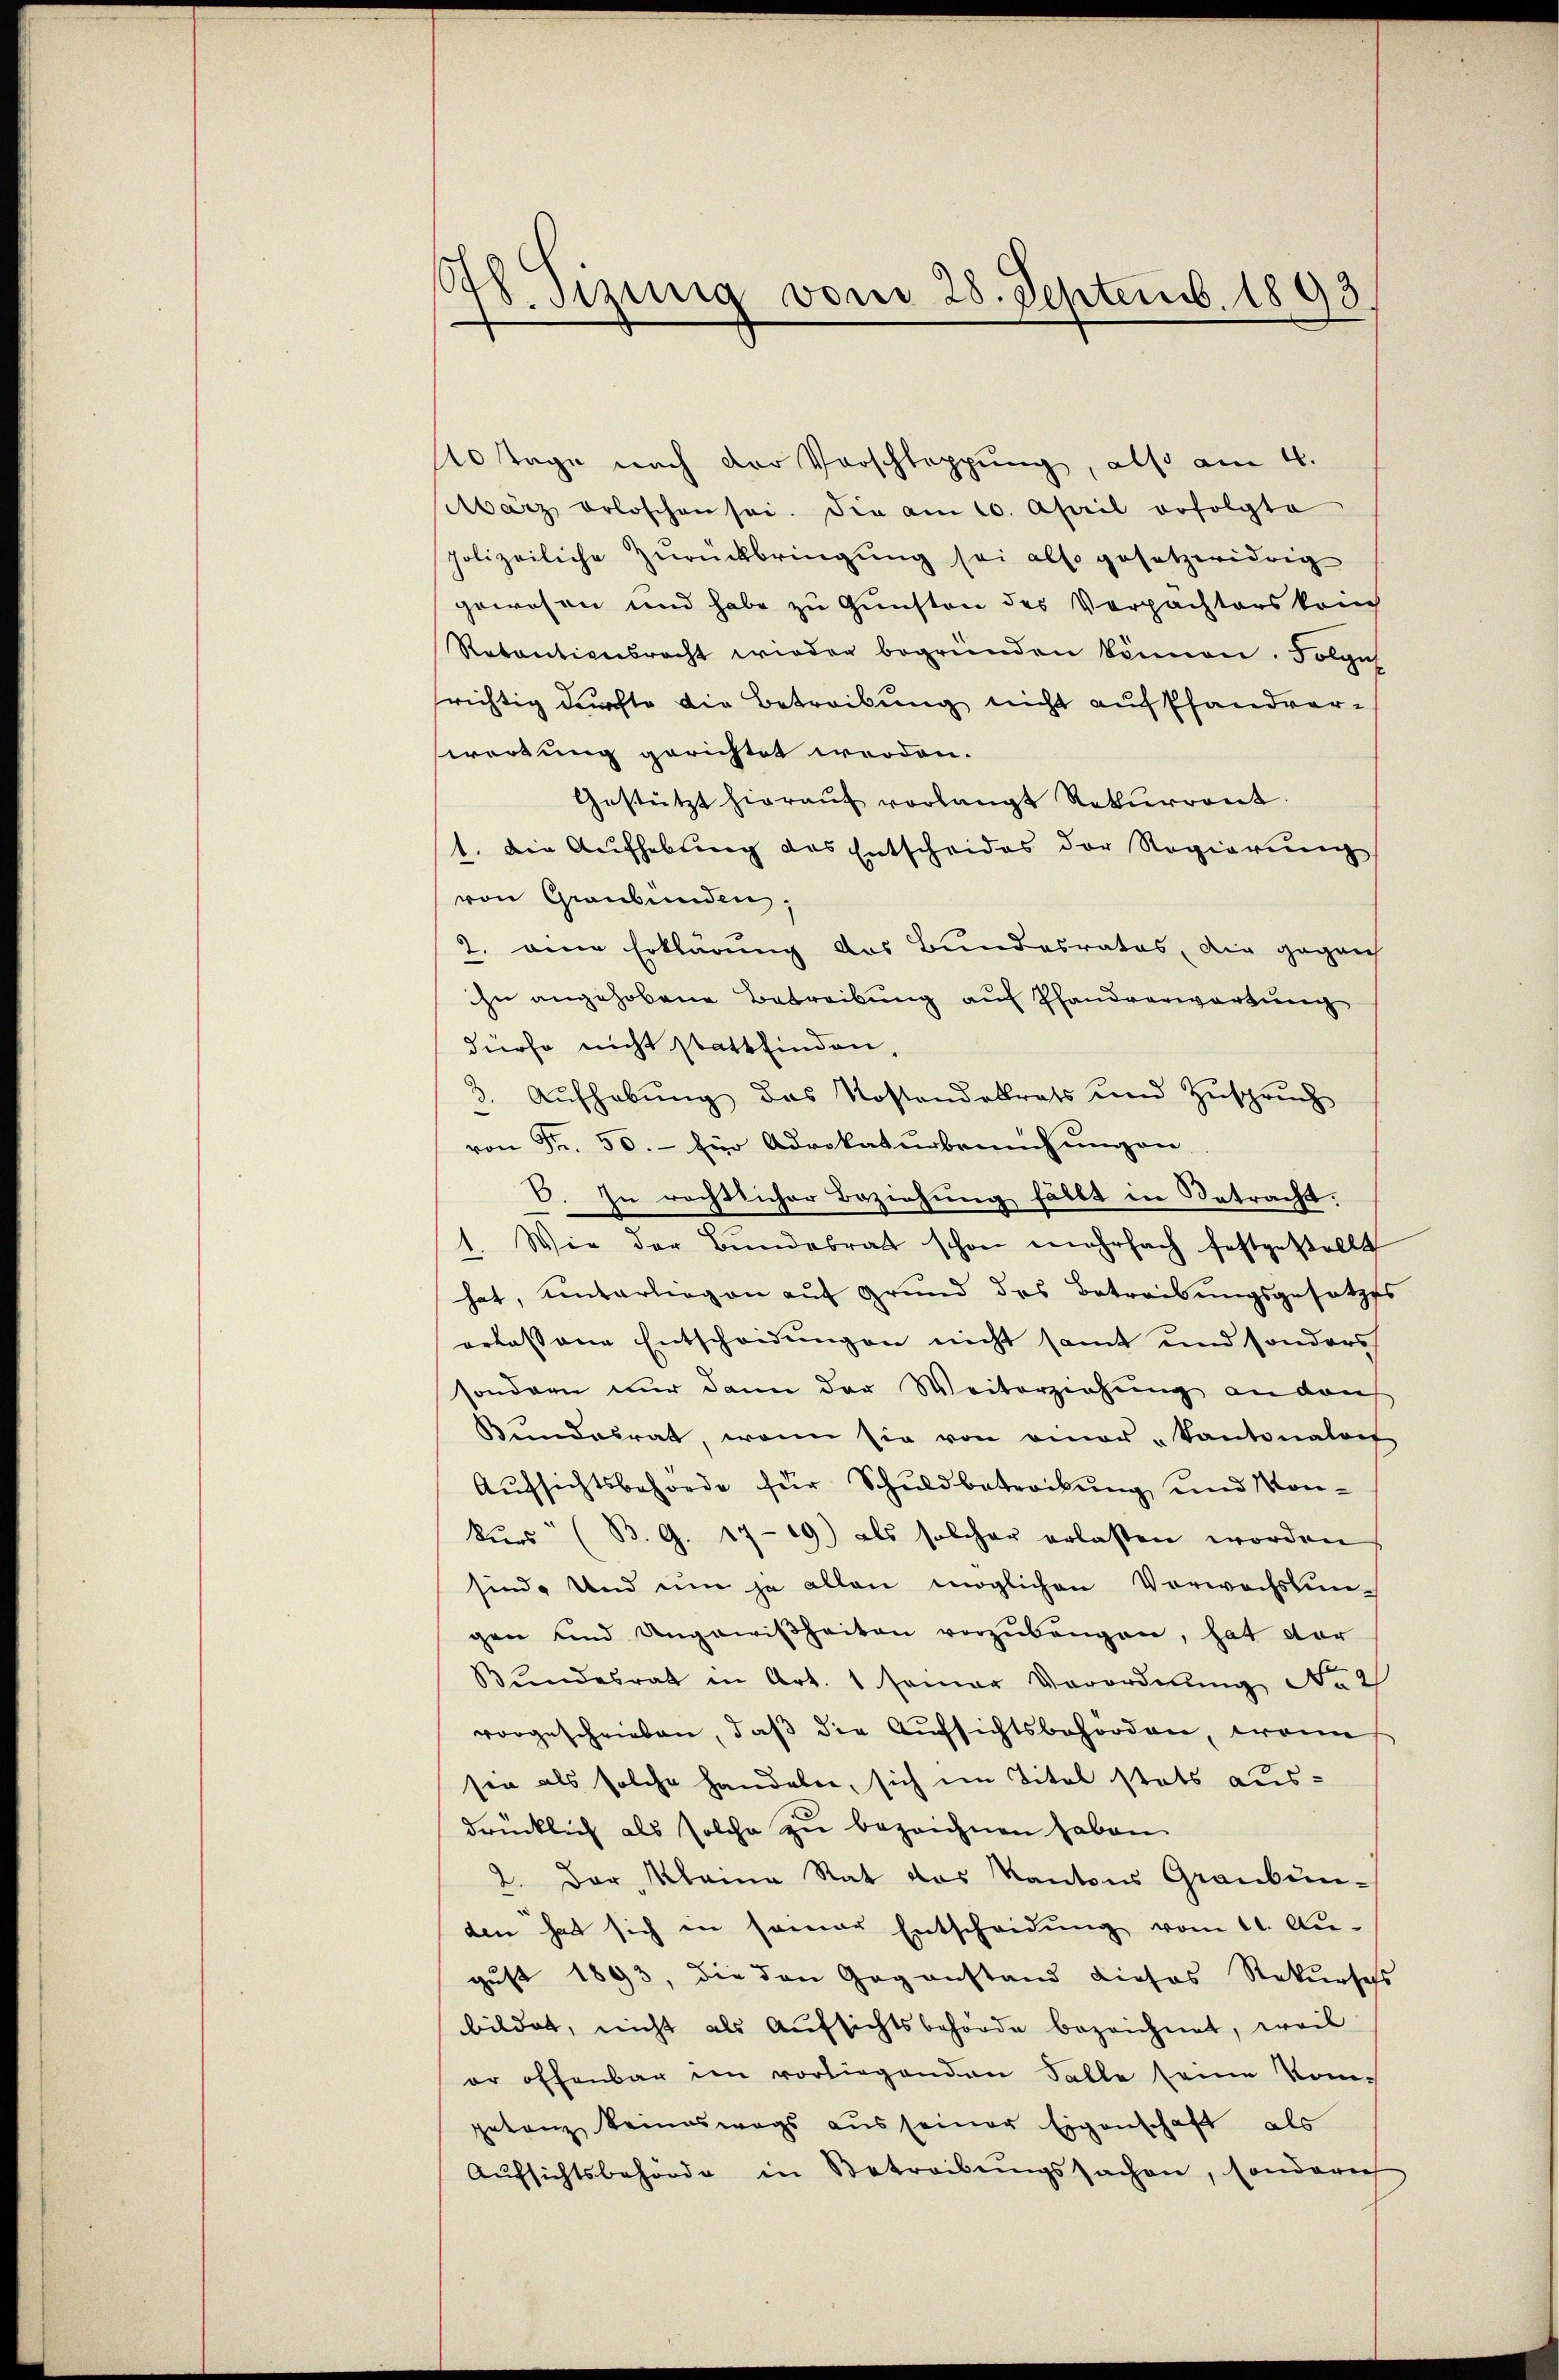
.sizung vom 28. Septemb. 1893

10 Tage nach der Vorschleppung, also am 4.
hwarz erloschen sei. Die am 10. April erfolgte
polizeiliche Zurückbringung sei also gesetzwidrig
gewesen und habe zu Gunsten des Verpachters kon
Retentionsrecht wieder begründen können. Folge
richtig durfte die Betreibung nicht auf Pfandver-
swortung gerichtet werden.
Gestützt hieraŭf vorlangt Rekurrent.
1. Die Aufhebung des Entscheides der Regierŭng
von Graubünden.
2. eine Erklärung des Bundesrates, die gegen
ihn angehobene Betreibung auf Pfandverwartung
dürfe nicht stattfinden,
3. Aufhebung des Kostandabtrats und Zuspruch
von Fr. 50.- für Advokaturbruchungen
E. In rechtlicher Beziehung fällt in Betracht.
Wie der Bŭndesrat schon mehrfach festgestellt
A.
hat, unterliegen auf Grund des Betreibungsgesetzes
ortassene Entscheidungen nicht samt und sonders
sondern nur dann der Weiterziehung an den
Bundesrat, wenn sie von einer „Kantonales
Aufsichtsbehörde für Schuldbetrockung und Konkurs (B. G. 1719) als solcher erlassen worden
sind. Und um ja allen möglichen Vorwachslun-
gen und Ungewißheiten vorzubeugen, hat dor
Bŭndesrat in Art. 1 samer Verordnŭng Nac
vorgeschrieben, daß die Aufsichtsbehörden, wenn
sie als solche handeln, sich im Titel stets ausdrücklich als solche zu bezeichnen haben.
2. Der Kleine Rat das Kantons Graubunden hat sich in seiner Entscheidung vom 11. Au-
gust 1893, die den Gegenstand dieses Rekurses
bildet, nicht als Aufsichtsbehörde bezeichnet, weil
er offenbar im vorliegenden Falle seine Kom-
getanz keineswegs aus seiner Eigenschaft als
Aŭfsichtsbehörde in Betreibŭngssachen, sondern